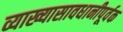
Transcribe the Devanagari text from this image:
व्याख्यासावधानीपूर्वक